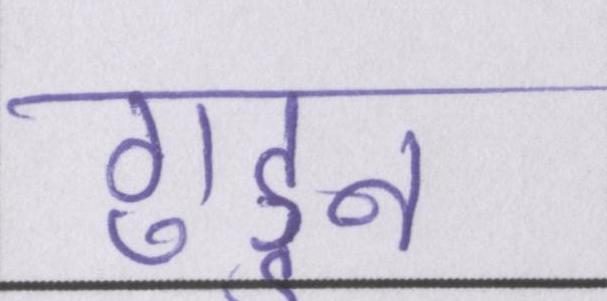
गुड्डन